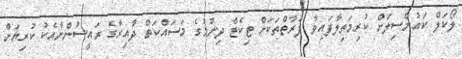
ލޯކަލް ކައުންސިލަށް ކުރިމަތިލާފައިވާ ފަރާތްތަކަށް ޓިކެޓް ދިނުމުގެ މަސައްކަތް ދާއިރާގެ ރައީސުންނާއެކު ކުރިޔަށް